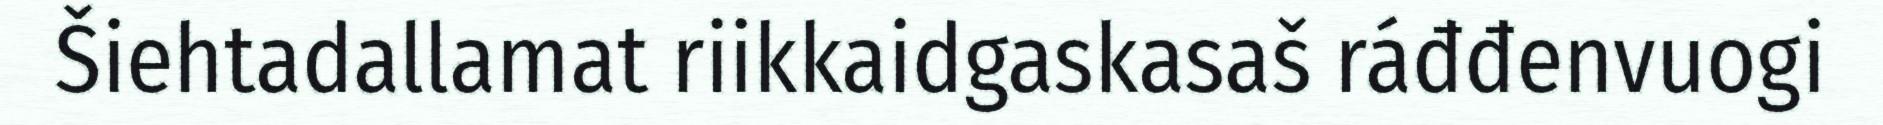
Šiehtadallamat riikkaidgaskasaš ráđđenvuogi